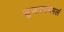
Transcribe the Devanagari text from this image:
सुजात्यममलं